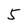
Character: 5